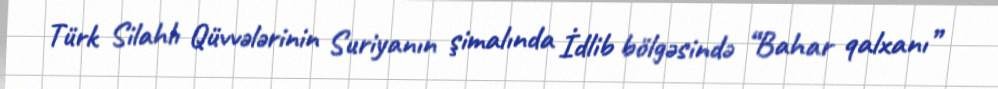
Türk Silahlı Qüvvələrinin Suriyanın şimalında İdlib bölgəsində “Bahar qalxanı”